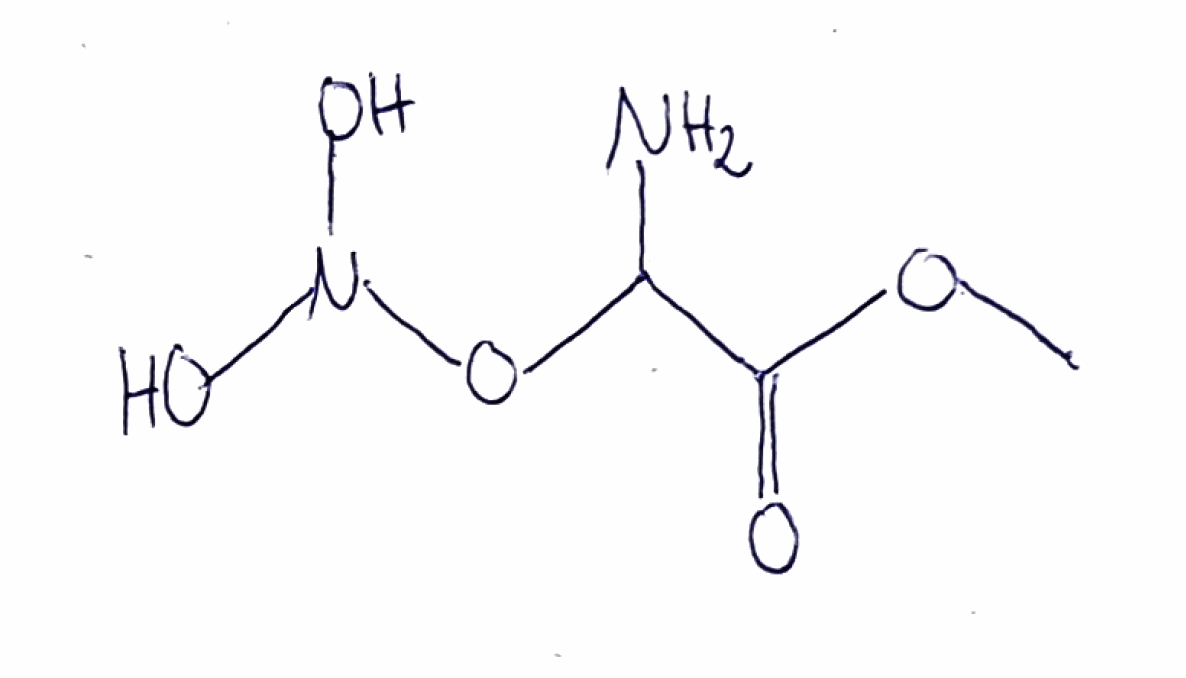
Simplified molecular-input line-entry system (SMILES) notation of the given molecule:
COC(=O)C(N)ON(O)O